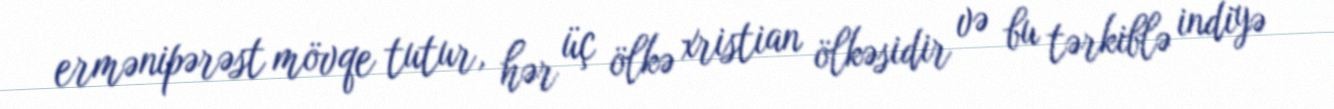
ermənipərəst mövqe tutur, hər üç ölkə xristian ölkəsidir və bu tərkiblə indiyə